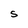
Character: S